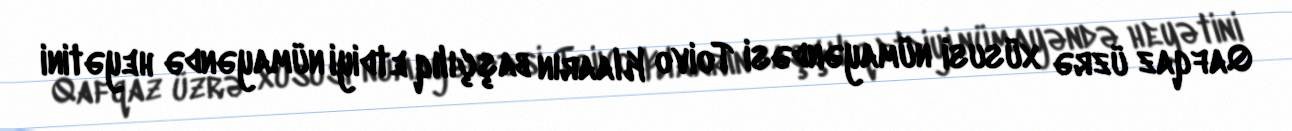
Qafqaz üzrə xüsusi nümayəndəsi Toivo Klaarın başçılıq etdiyi nümayəndə heyətini